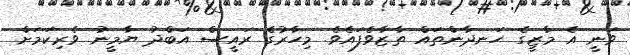
ވަނީ އެ މާޒީގެ ހަނދާންތައް ތާޒާވެފައެވެ. މިހާރުގެ ރައީސް އަބްދު ޔާމީނު ވެރިކަމަށް